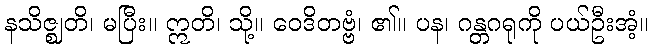
နသိဇ္ဈတိ၊ မပြီး။ ဣတိ၊ သို့။ ဝေဒိတဗ္ဗံ၊ ၏။ ပန၊ ဂန္တဂရုကို ပယ်ဦးအံ့။